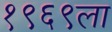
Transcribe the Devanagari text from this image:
१९६९ला